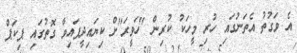
އެ ވަގުތު އެތަނުގައި ހުރި މީހަކު ކުރިން "ހަވީރަ"ށް ކިޔައިދީފައިވާ ގޮތުގައި ޕިކަޕް